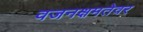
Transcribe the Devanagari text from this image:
वजनक्षमतेवर